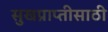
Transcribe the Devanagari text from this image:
सुखप्राप्तीसाठी